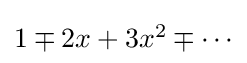
{\textstyle 1\mp 2x+3x^{2}\mp \cdots }